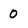
Character: 0